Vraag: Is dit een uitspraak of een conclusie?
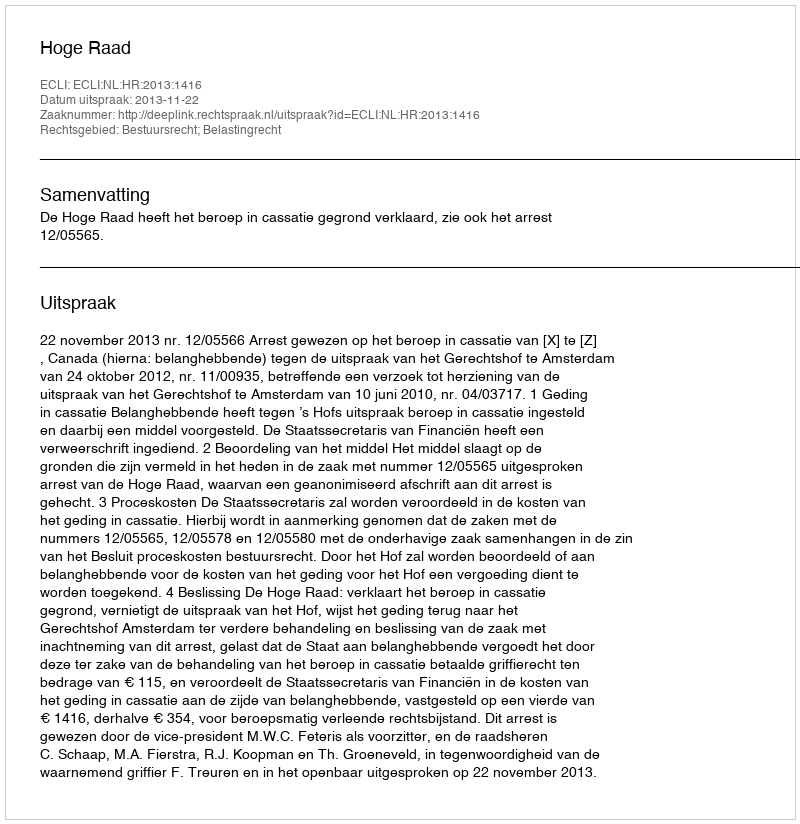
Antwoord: Uitspraak